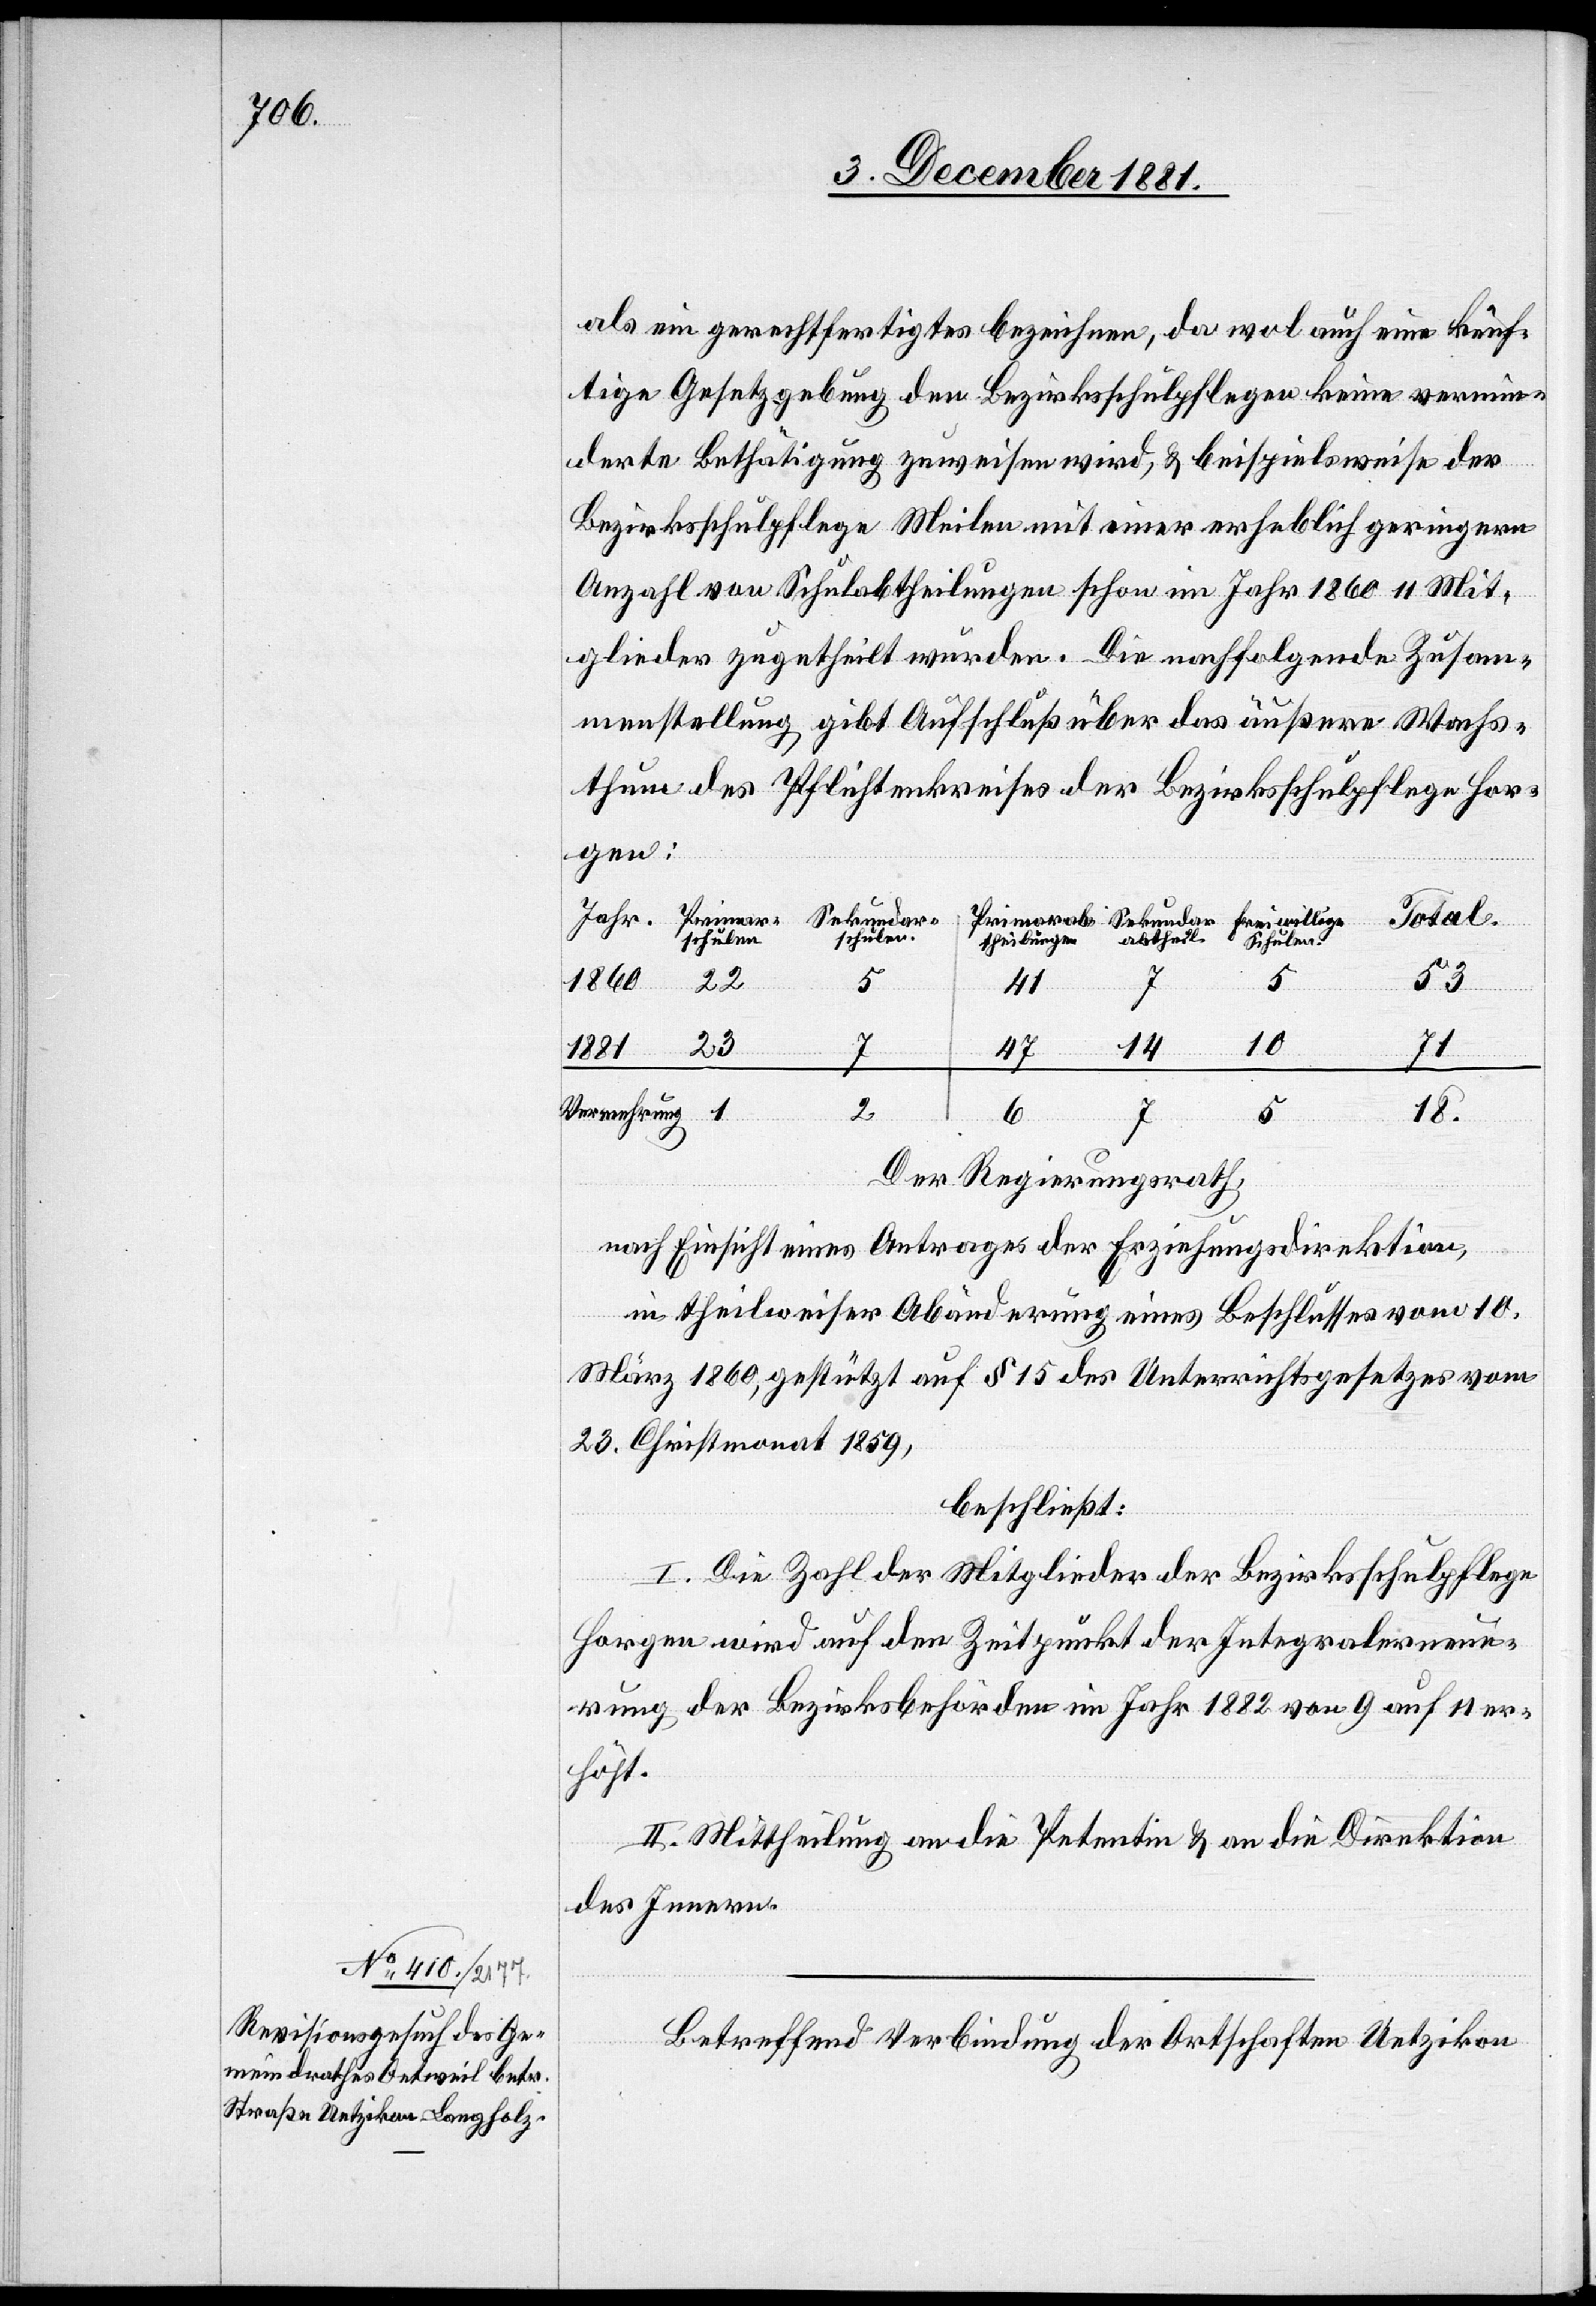
als ein gerechtfertigtes bezeichnen, da wol auch eine künf¬
tige Gesetzgebung den Bezirksschulpflegen keine vermin¬
derte Bethätigung zuweisen wird, & beispielsweise der
Bezirksschulpflege Meilen mit einer erheblich geringern
Anzahl von Schulabtheilungen schon im Jahr 1860 11 Mit¬
glieder zugetheilt wurden. Die nachfolgende Zusam¬
menstellung gibt Aufschluß über das äußere Wachs¬
thum des Pflichtenkreises der Bezirksschulpflege Hor¬
gen:
Sekundar-a¬
Total
23
Schulen
53
1860
22
41
10
14
47
Vermehrung
18.
Primarab-the¬
willige
Der Regierungsrath,
nach Einsicht eines Antrages der Erziehungsdirektion,
in theilweiser Abänderung eines Beschlusses vom 10.
März 1860, gestützt auf § 15 des Unterrichtsgesetzes vom
23. Christmonat 1859,
beschließt:
I. Die Zahl der Mitglieder der Bezirksschulpflege
Horgen wird auf den Zeitpunkt der Integralerneue¬
rung der Bezirksbehörden im Jahr 1882 von 9 auf 11 er¬
höht.
II. Mittheilung an die Petentin & an die Direktion
des Innern.
Betreffend Verbindung der Ortschaften Uetzikon